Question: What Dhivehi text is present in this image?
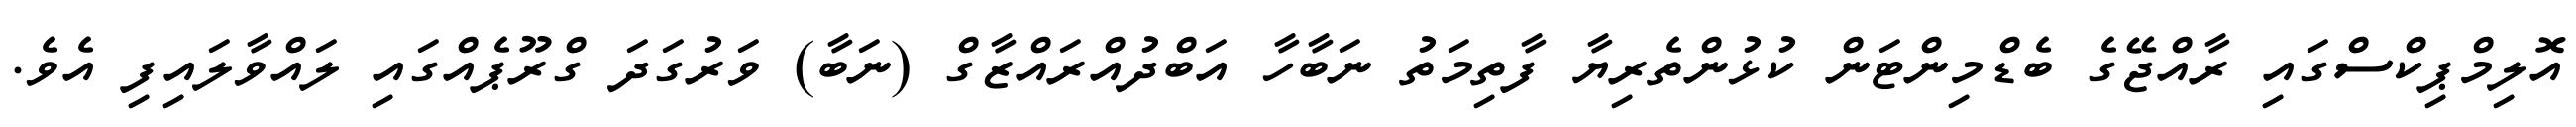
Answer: އޮލިމްޕިކްސްގައި ރާއްޖޭގެ ބެޑްމިންޓަން ކުޅުންތެރިޔާ ފާތިމަތު ނަބާހާ އަބްދުއްރައްޒާގް (ނަބާ) ވަރުގަދަ ގްރޫޕެއްގައި ލައްވާލައިފި އެވެ.